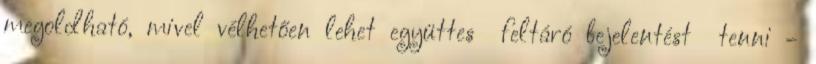
megoldható, mivel vélhetően lehet együttes feltáró bejelentést tenni -